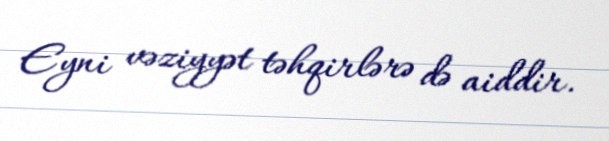
Eyni vəziyyət təhqirlərə də aiddir.